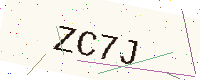
Text: ZC7J